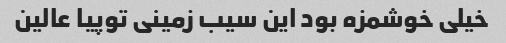
خیلی خوشمزه بود این سیب زمینی توپیا عالین